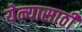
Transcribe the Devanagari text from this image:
येन्यासाठी